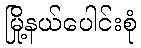
မြို့နယ်ပေါင်းစုံ